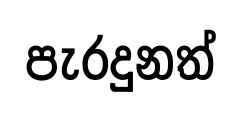
පැරදුනත්